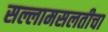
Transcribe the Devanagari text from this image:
सल्लामसलतीचा